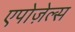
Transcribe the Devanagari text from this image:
एपोज़ेल्स